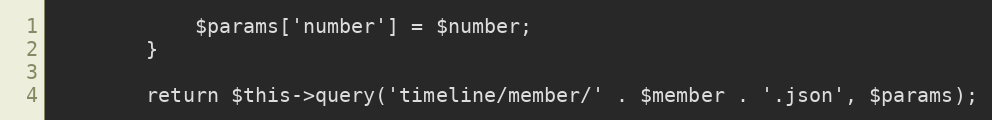
Language: PHP
            $params['number'] = $number;
        }

        return $this->query('timeline/member/' . $member . '.json', $params);